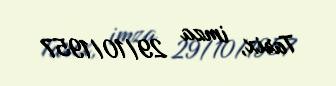
Tarix, imza 29/10/1957